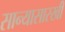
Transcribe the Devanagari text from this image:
सान्यासारखी